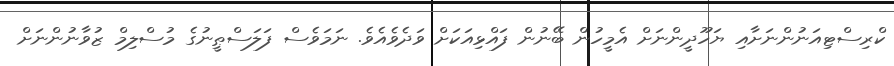
ކްރިސްޓިއަނުންނަށާއި ޔަހޫދީންނަށް އެމީހުން ބޭނުން ފައްޅިއަކަށް ވަދެވެއެވެ. ނަމަވެސް ފަލަސްޠީނުގެ މުސްލިމް ޒުވާނުންނަށް